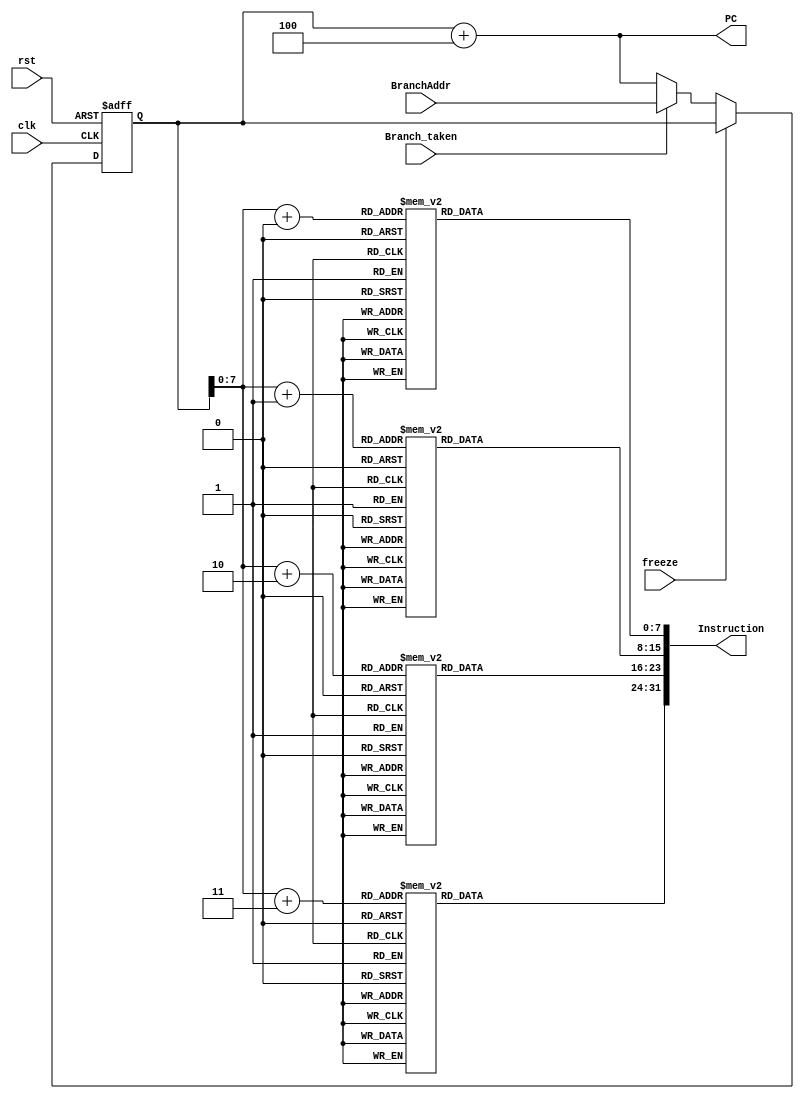
module IF_Stage(
  input clk,rst,freeze,Branch_taken,
  input[31:0] BranchAddr,
  output[31:0] PC, Instruction
);

  wire[7:0] InsMem [0:187];
  wire[31:0] nextPC,MUXout;
  reg[31:0]PCreg=0;
  always@(posedge clk, posedge rst)begin
    if(rst)
      PCreg<=0;
    else if(~freeze)
      PCreg<=MUXout;
  end
  assign PC=nextPC;
  assign nextPC=PCreg+4;
  assign MUXout=Branch_taken ? BranchAddr : nextPC;
  assign Instruction={InsMem[PCreg+3],InsMem[PCreg+2],InsMem[PCreg+1],InsMem[PCreg+0]};

            assign {InsMem[3], InsMem[2], InsMem[1], InsMem[0]} = 32'b1110_00_1_1101_0_0000_0000_000000010100;      //  MOV R0 = 20           R0 = 20
            assign {InsMem[7], InsMem[6], InsMem[5], InsMem[4]} = 32'b1110_00_1_1101_0_0000_0001_101000000001;      //  MOV R1 ,#4096         R1 = 4096
            assign {InsMem[11], InsMem[10], InsMem[9], InsMem[8]} = 32'b1110_00_1_1101_0_0000_0010_000100000011;   //   MOV R2 ,#0xC0000000    R2 = -1073741824
            assign {InsMem[15], InsMem[14], InsMem[13], InsMem[12]} = 32'b1110_00_0_0100_1_0010_0011_000000000010; //   ADDS R3 ,R2,R2         R3 = -2147483648
            assign {InsMem[19], InsMem[18], InsMem[17], InsMem[16]} =  32'b1110_00_0_0101_0_0000_0100_000000000000; //ADC R4 ,R0,R0 //R4 = 41
            assign {InsMem[23], InsMem[22], InsMem[21], InsMem[20]} = 32'b1110_00_0_0010_0_0100_0101_000100000100; //SUB R5 ,R4,R4,LSL #2 //R5 = -123
            assign {InsMem[27], InsMem[26], InsMem[25], InsMem[24]} = 32'b1110_00_0_0110_0_0000_0110_000010100000; //SBC R6 ,R0,R0,LSR #1//R6 = 10
            assign {InsMem[31], InsMem[30], InsMem[29], InsMem[28]} = 32'b1110_00_0_1100_0_0101_0111_000101000010; //ORR R7,R5,R2,ASR #2//R7 = -123
            assign {InsMem[35], InsMem[34], InsMem[33], InsMem[32]} = 32'b1110_00_0_0000_0_0111_1000_000000000011; //AND R8,R7,R3   R8 = -2147483648
            assign {InsMem[39], InsMem[38], InsMem[37], InsMem[36]} = 32'b1110_00_0_1111_0_0000_1001_000000000110; //MVN R9,R6//R9 = -11
            assign {InsMem[43], InsMem[42], InsMem[41], InsMem[40]} = 32'b1110_00_0_0001_0_0100_1010_000000000101; //EOR R10,R4,R5//R10 = -84
            assign {InsMem[47], InsMem[46], InsMem[45], InsMem[44]} = 32'b1110_00_0_1010_1_1000_0000_000000000110; //CMP R8,R6
            assign {InsMem[51], InsMem[50], InsMem[49], InsMem[48]} = 32'b0001_00_0_0100_0_0001_0001_000000000001; //ADDNE R1,R1,R1//R1 = 8192
            assign {InsMem[55], InsMem[54], InsMem[53], InsMem[52]} = 32'b1110_00_0_1000_1_1001_0000_000000001000; //TST R9,R8
            assign {InsMem[59], InsMem[58], InsMem[57], InsMem[56]} = 32'b0000_00_0_0100_0_0010_0010_000000000010; //ADDEQ R2 ,R2,R2   //R2 = -1073741824
            assign {InsMem[63], InsMem[62], InsMem[61], InsMem[60]} = 32'b1110_00_1_1101_0_0000_0000_101100000001; //MOV R0,#1024//R0 = 1024
            assign {InsMem[67], InsMem[66], InsMem[65], InsMem[64]} = 32'b1110_01_0_0100_0_0000_0001_000000000000; //STR R1,[R0],#0//MEM[1024] = 8192
            assign {InsMem[71], InsMem[70], InsMem[69], InsMem[68]} = 32'b1110_01_0_0100_1_0000_1011_000000000000; //LDR R11,[R0],#0//R11 = 8192
            assign {InsMem[75], InsMem[74], InsMem[73], InsMem[72]} = 32'b1110_01_0_0100_0_0000_0010_000000000100; //STR R2,[R0],#4//MEM[1028] = -1073741824
            assign {InsMem[79], InsMem[78], InsMem[77], InsMem[76]} = 32'b1110_01_0_0100_0_0000_0011_000000001000; //STR    R3 ,[R0],#8//MEM[1032] = -2147483648
            assign {InsMem[83], InsMem[82], InsMem[81], InsMem[80]} = 32'b1110_01_0_0100_0_0000_0100_000000001101; //STR    R4 ,[R0],#13    //MEM[1036] = 41
            assign {InsMem[87], InsMem[86], InsMem[85], InsMem[84]} = 32'b1110_01_0_0100_0_0000_0101_000000010000; //STR R5,[R0],#16//MEM[1040] = -123
            assign {InsMem[91], InsMem[90], InsMem[89], InsMem[88]} = 32'b1110_01_0_0100_0_0000_0110_000000010100; //STR R6,[R0],#20 //MEM[1044] = 10
            assign {InsMem[95], InsMem[94], InsMem[93], InsMem[92]} = 32'b1110_01_0_0100_1_0000_1010_000000000100; //LDR R10,[R0],#4 //R10 = -1073741824
            assign {InsMem[99], InsMem[98], InsMem[97], InsMem[96]} = 32'b1110_01_0_0100_0_0000_0111_000000011000; //STR R7,[R0],#24    //MEM[1048] = -123
            assign {InsMem[103], InsMem[102], InsMem[101], InsMem[100]} = 32'b1110_00_1_1101_0_0000_0001_000000000100; //MOV R1,#4//R1 = 4
            assign {InsMem[107], InsMem[106], InsMem[105], InsMem[104]} = 32'b1110_00_1_1101_0_0000_0010_000000000000; //MOV R2,#0//R2 = 0
            assign {InsMem[111], InsMem[110], InsMem[109], InsMem[108]} = 32'b1110_00_1_1101_0_0000_0011_000000000000; //MOV R3,#0//R3 = 0
            assign {InsMem[115], InsMem[114], InsMem[113], InsMem[112]} = 32'b1110_00_0_0100_0_0000_0100_000100000011; //ADD R4,R0,R3,LSL #2
            assign {InsMem[119], InsMem[118], InsMem[117], InsMem[116]} = 32'b1110_01_0_0100_1_0100_0101_000000000000; //LDR R5,[R4],#0
            assign {InsMem[123], InsMem[122], InsMem[121], InsMem[120]} = 32'b1110_01_0_0100_1_0100_0110_000000000100; //LDR R6,[R4],#4
            assign {InsMem[127], InsMem[126], InsMem[125], InsMem[124]} = 32'b1110_00_0_1010_1_0101_0000_000000000110; //CMP R5,R6
            assign {InsMem[131], InsMem[130], InsMem[129], InsMem[128]} = 32'b1100_01_0_0100_0_0100_0110_000000000000; //STRGT R6,[R4],#0
            assign {InsMem[135], InsMem[134], InsMem[133], InsMem[132]} = 32'b1100_01_0_0100_0_0100_0101_000000000100; //STRGT R5,[R4],#4
            assign {InsMem[139], InsMem[138], InsMem[137], InsMem[136]} = 32'b1110_00_1_0100_0_0011_0011_000000000001; //ADD R3,R3,#1
            assign {InsMem[143], InsMem[142], InsMem[141], InsMem[140]} = 32'b1110_00_1_1010_1_0011_0000_000000000011; //CMP R3,#3
            assign {InsMem[147], InsMem[146], InsMem[145], InsMem[144]} = 32'b1011_10_1_0_111111111111111111110111  ; //BLT#-9
            assign {InsMem[151], InsMem[150], InsMem[149], InsMem[148]} = 32'b1110_00_1_0100_0_0010_0010_000000000001; //ADD R2,R2,#1
            assign {InsMem[155], InsMem[154], InsMem[153], InsMem[152]} = 32'b1110_00_0_1010_1_0010_0000_000000000001;//CMP R2,R1
            assign {InsMem[159], InsMem[158], InsMem[157], InsMem[156]} = 32'b1011_10_1_0_111111111111111111110011  ;//BLT#-13
            assign {InsMem[163], InsMem[162], InsMem[161], InsMem[160]} = 32'b1110_01_0_0100_1_0000_0001_000000000000;//LDR R1 ,[R0],#0//    R1 = -2147483648
            assign {InsMem[167], InsMem[166], InsMem[165], InsMem[164]} = 32'b1110_01_0_0100_1_0000_0010_000000000100;//LDR R2 ,[R0],#4//    R2 = -1073741824
            assign {InsMem[171], InsMem[170], InsMem[169], InsMem[168]} = 32'b1110_01_0_0100_1_0000_0011_000000001000;//STR R3 ,[R0],#8//    R3 = 41
            assign {InsMem[175], InsMem[174], InsMem[173], InsMem[172]} = 32'b1110_01_0_0100_1_0000_0100_000000001100;//STR R4 ,[R0],#12//   R4 = 8192
            assign {InsMem[179], InsMem[178], InsMem[177], InsMem[176]} = 32'b1110_01_0_0100_1_0000_0101_000000010000;//STR R5 ,[R0],#16//   R5= -123
            assign {InsMem[183], InsMem[182], InsMem[181], InsMem[180]} = 32'b1110_01_0_0100_1_0000_0110_000000010100;//STR R6 ,[R0],#20//   R6 = 10
            assign {InsMem[187], InsMem[186], InsMem[185], InsMem[184]} = 32'b1110_10_1_0_111111111111111111111111;//B#-1

endmodule

/*wire[31:0] InsMem [0:24];
wire[31:0] nextPC,MUXout;
reg[31:0]PCreg=0;
always@(posedge clk, posedge rst)begin
  if(rst)
    PCreg=0;
  else if(!freeze)
    PCreg=MUXout;
end
assign PC=nextPC;
assign nextPC=PCreg+4;
assign MUXout=Branch_taken ? BranchAddr : nextPC;
assign Instruction=InsMem[PCreg];

assign InsMem[0]=32'b00000000001000100000000000000000;
assign InsMem[4]=32'b00000000011001000000000000000000;
assign InsMem[8]=32'b00000000101001100000000000000000;
assign InsMem[12]=32'b00000000111010000001000000000000;
assign InsMem[16]=32'b00000001001010100001100000000000;
assign InsMem[20]=32'b00000001011011000000000000000000;
assign InsMem[24]=32'b00000001101011100000000000000000;*/
//dar code ii ke comment shode farz shode ke width e har address tooye instruction memory 8 bit e.


/*assign {InsMem[3],InsMem[2],InsMem[1],InsMem[0]}=32'b00000000001000100000000000000000;
assign {InsMem[7],InsMem[6],InsMem[5],InsMem[4]}=32'b00000000011001000000000000000000;
assign {InsMem[11],InsMem[10],InsMem[9],InsMem[8]}=32'b00000000101001100000000000000000;
assign {InsMem[15],InsMem[14],InsMem[13],InsMem[12]}=32'b00000000111010000001000000000000;
assign {InsMem[19],InsMem[18],InsMem[17],InsMem[16]}=32'b00000001001010100001100000000000;
assign {InsMem[23],InsMem[22],InsMem[21],InsMem[20]}=32'b00000001011011000000000000000000;
assign {InsMem[27],InsMem[26],InsMem[25],InsMem[24]}=32'b00000001101011100000000000000000;*/